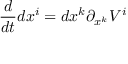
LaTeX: { \frac { d } { d t } } d x ^ { i } = d x ^ { k } \partial _ { x ^ { k } } V ^ { i }